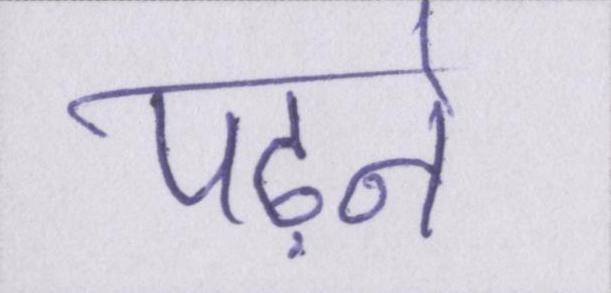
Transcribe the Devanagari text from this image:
पढ़ने